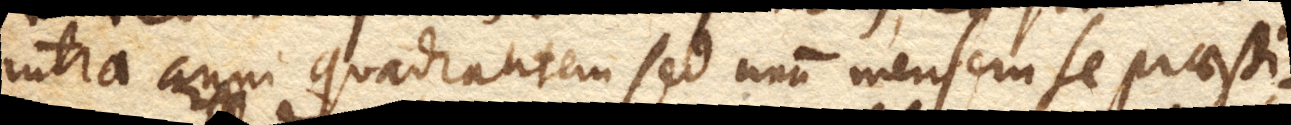
intra anni quadrantem sed unum mensem se praesti–